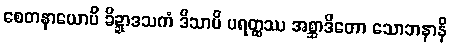
စေတနာယောပိ ခိဍ္ဍာဒသကံ ဒိသာပိ ပရတ္ထဿ အစ္ဆာဒိတော သောဘနာနိ